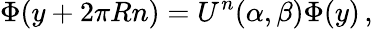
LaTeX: \Phi(y+2\pi Rn)=U^{n}(\alpha,\beta)\Phi(y)\, ,